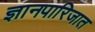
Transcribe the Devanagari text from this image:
ज्ञानपारिजात